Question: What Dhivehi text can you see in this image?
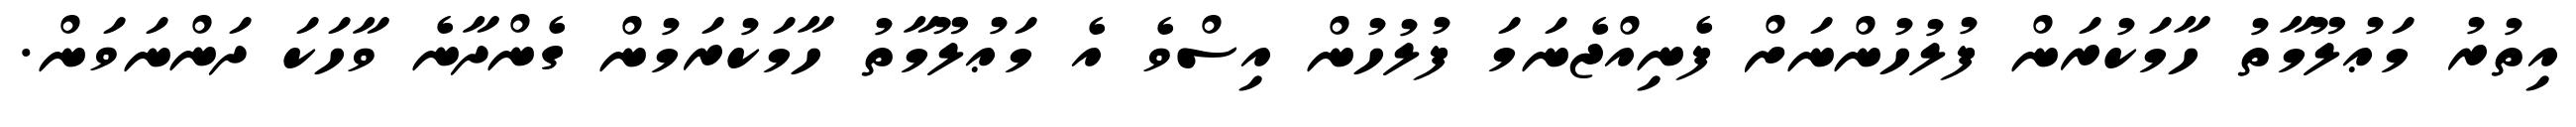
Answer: އިތުރު މަޢުލޫމާތު ހާމަކުރަން ފުލުހުންނަށް ފެނިއްޖެނަމަ ފުލުހުން އިސްވެ އެ މަޢުލޫމާތު ހާމަކުރަމުން ގެންދާނެ ވާހަކަ ދަންނަވަން.